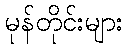
မုန်တိုင်းများ